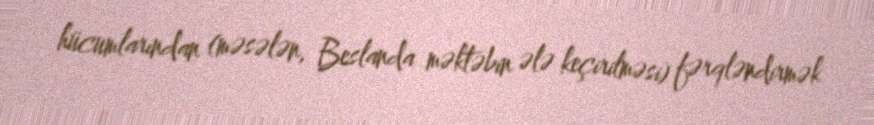
hücumlarından (məsələn, Beslanda məktəbin ələ keçirilməsi) fərqləndirmək